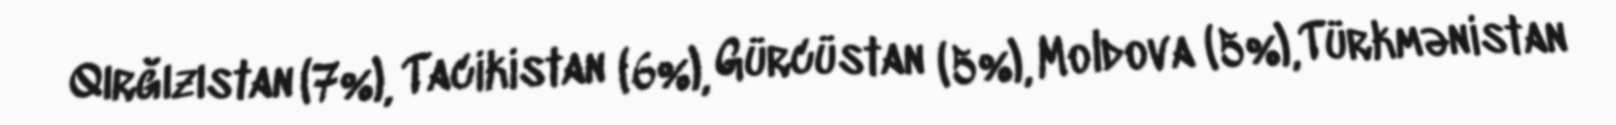
Qırğızıstan (7%), Tacikistan (6%), Gürcüstan (5%), Moldova (5%), Türkmənistan